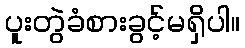
ပူးတွဲခံစားခွင့်မရှိပါ။